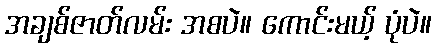
အချစ်ဇာတ်လမ်း အစပဲ။ ကောင်းမယ့် ပုံပဲ။